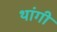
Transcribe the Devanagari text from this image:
थांगी